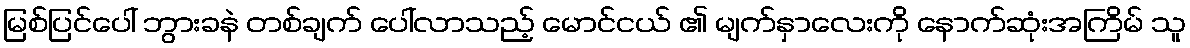
မြစ်ပြင်ပေါ် ဘွားခနဲ တစ်ချက် ပေါ်လာသည့် မောင်ငယ် ၏ မျက်နှာလေးကို နောက်ဆုံးအကြိမ် သူ